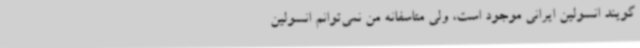
‌گویند انسولین ایرانی موجود است، ولی متاسفانه من نمی‌توانم انسولین